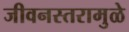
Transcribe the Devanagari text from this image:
जीवनस्तरामुळे